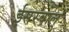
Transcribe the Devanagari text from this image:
ईसरवाल्